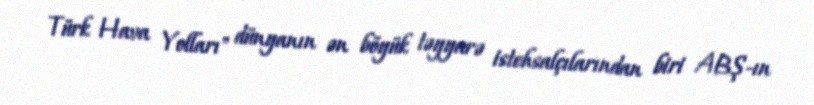
Türk Hava Yolları" dünyanın ən böyük təyyarə istehsalçılarından biri ABŞ-ın